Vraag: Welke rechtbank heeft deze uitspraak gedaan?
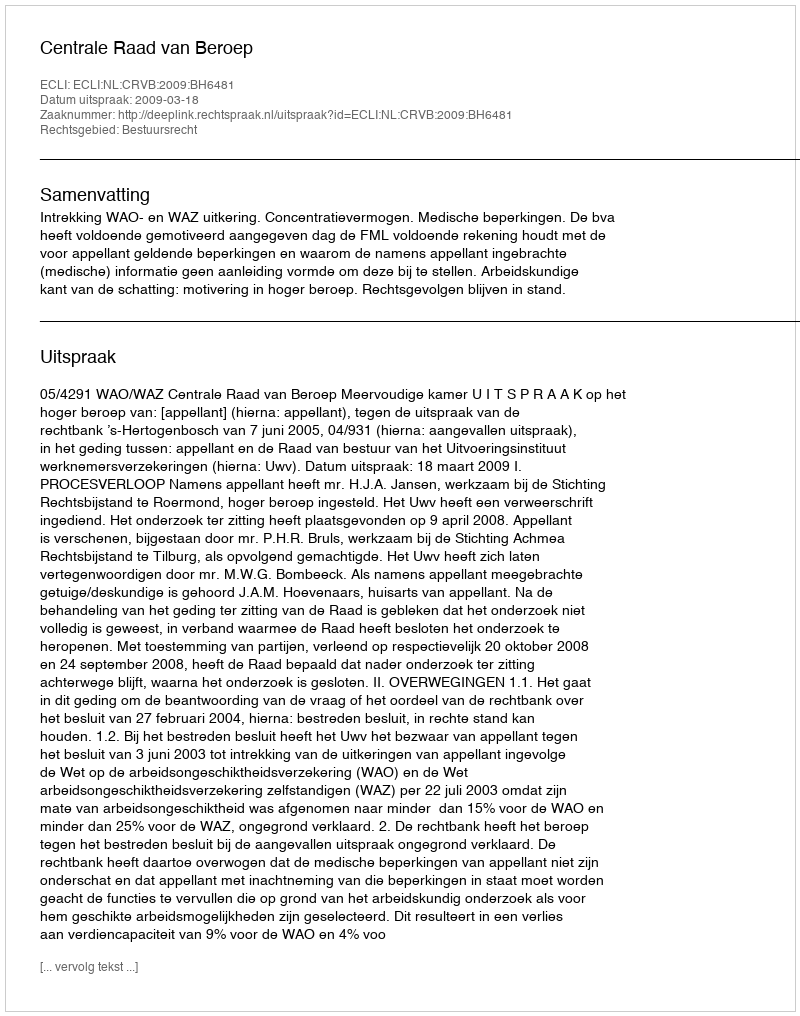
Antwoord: Centrale Raad van Beroep